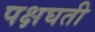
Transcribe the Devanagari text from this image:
पक्षघती